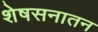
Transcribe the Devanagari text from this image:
शेषसनातन